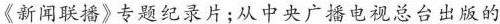
《新闻联播》专题纪录片；从中央广播电视总台出版的